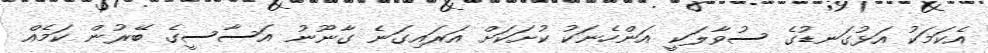
އެކަމަކު އަޅުގަނޑުގެ ސުވާލަކީ އަންހެނަކު ކުށަކަށް އަރައިގަނެ ގާނޫނު އަސާސީގެ ބޭރުން ކަމެއް